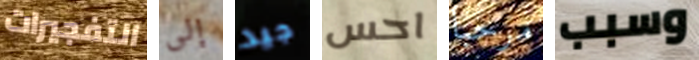
التفجيرات إلى جيد احس مرحبا وسبب